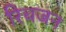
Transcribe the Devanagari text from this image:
रिचजन